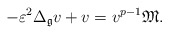
\begin{align*}-\varepsilon^{2}\Delta_{\mathfrak{g}}v+v=v^{p-1}\mathfrak{M}.\end{align*}